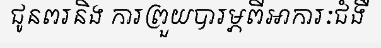
ជូនពរនិង ការព្រួយបារម្ភពីអាការៈជំងឺ